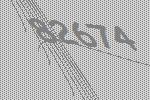
82674